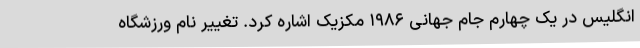
انگلیس در یک چهارم جام جهانی ۱۹۸۶ مکزیک اشاره کرد. تغییر نام ورزشگاه